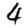
Digit: 4